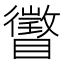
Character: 𪿂